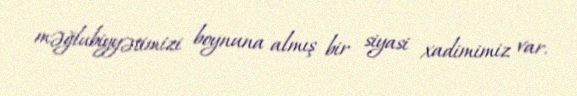
məğlubiyyətimizi boynuna almış bir siyasi xadimimiz var.